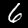
Label: 6